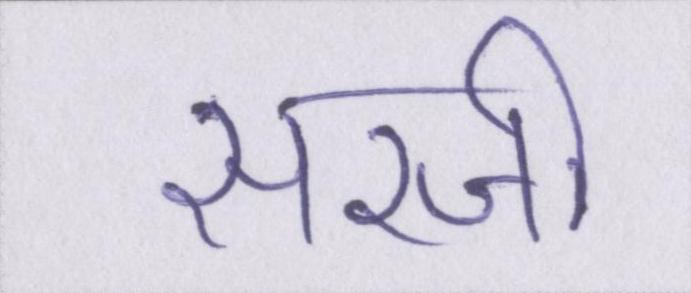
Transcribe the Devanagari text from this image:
सरजी